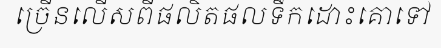
ច្រើនលើសពីផលិតផលទឹកដោះគោទៅ